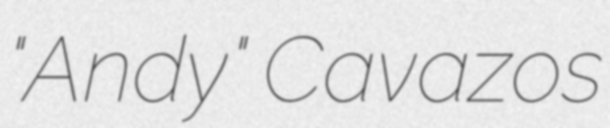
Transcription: "Andy" Cavazos